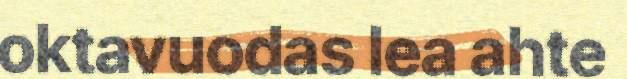
oktavuodas lea ahte